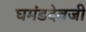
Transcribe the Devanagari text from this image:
घमंडदेवजी